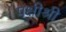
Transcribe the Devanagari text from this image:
पक्षीश्री